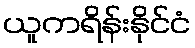
ယူကရိန်းနိုင်ငံ